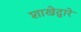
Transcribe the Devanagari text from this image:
शाखेद्वारे